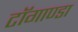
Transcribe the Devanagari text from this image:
टाॅगाण्डा